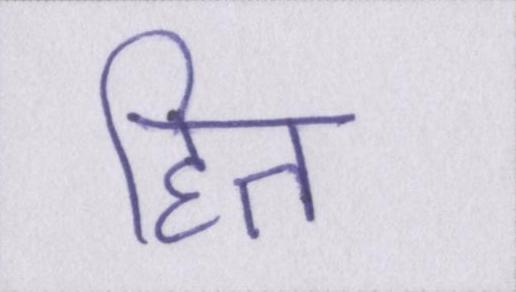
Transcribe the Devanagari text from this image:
हित